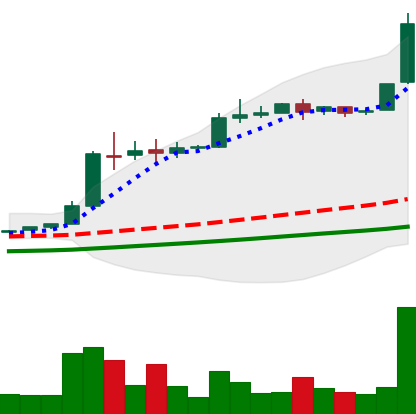
Ticker: BTC-USD
Chart end date: 2016-06-12
Forward return: 11.315%
Label: up_7plus